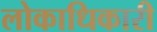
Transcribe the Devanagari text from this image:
लोकाधिकारी